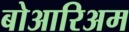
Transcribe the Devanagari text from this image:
बोआरिअम